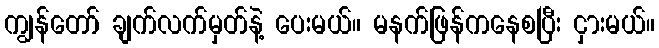
ကျွန်တော် ချက်လက်မှတ်နဲ့ ပေးမယ်။ မနက်ဖြန်ကနေစပြီး ငှားမယ်။